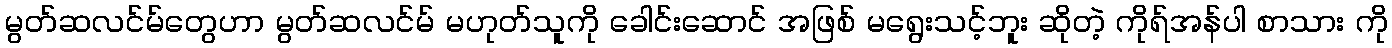
မွတ်ဆလင်မ်တွေဟာ မွတ်ဆလင်မ် မဟုတ်သူကို ခေါင်းဆောင် အဖြစ် မရွေးသင့်ဘူး ဆိုတဲ့ ကိုရ်အန်ပါ စာသား ကို